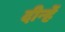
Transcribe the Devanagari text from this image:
दीन्‍हें